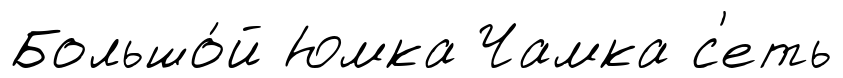
Большо́й Юмка Чамка с'еть